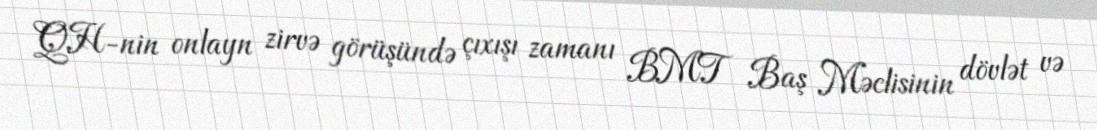
QH-nin onlayn zirvə görüşündə çıxışı zamanı BMT Baş Məclisinin dövlət və